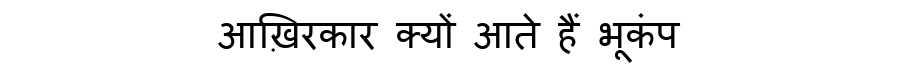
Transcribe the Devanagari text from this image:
आख़िरकार क्यों आते हैं भूकंप